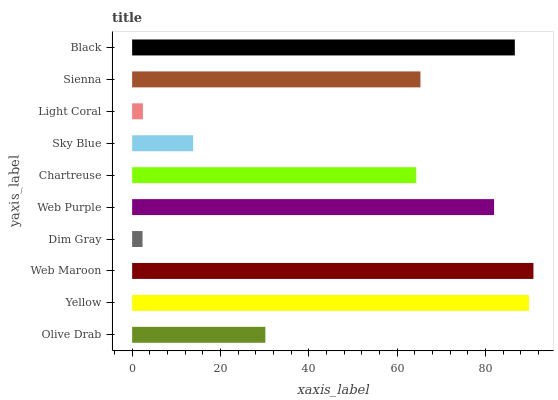
| yaxis_label | bars |
 | --- | --- |
 | Olive Drab | 30.2 |
 | Yellow | 89.8 |
 | Web Maroon | 90.9 |
 | Dim Gray | 2.35 |
 | Web Purple | 81.9 |
 | Chartreuse | 64.3 |
 | Sky Blue | 13.8 |
 | Light Coral | 2.44 |
 | Sienna | 65.3 |
 | Black | 86.6 |